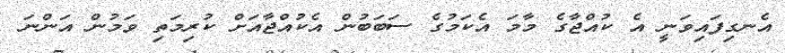
އެނގިފައިވަނީ އެ ކުއްޖާގެ މާމަ އެކަމުގެ ސަބަބުން އެކުއްޖާއަށް ކުރިމަތި ވަމުން އަންނަ